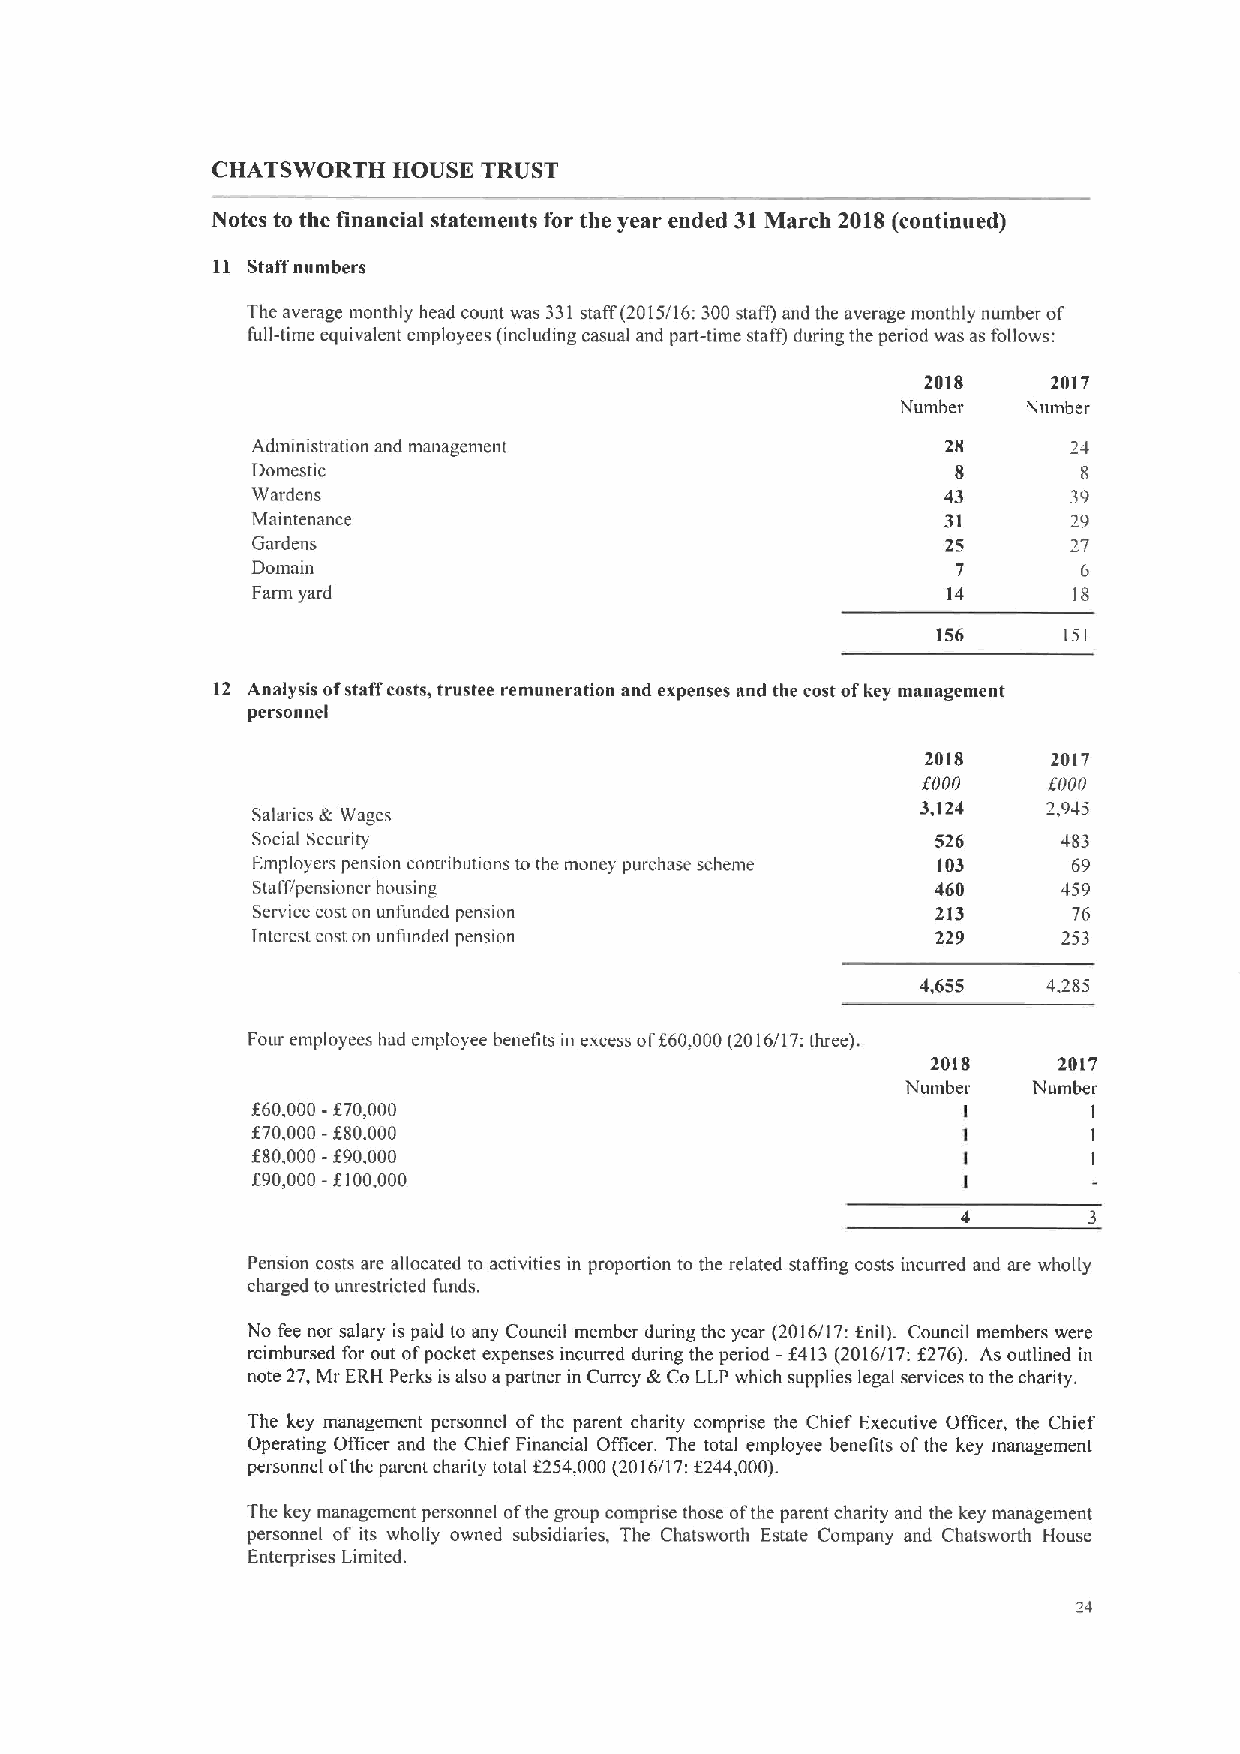
CHATSWORTH  HOUSE TRUST
 Notes to the financial statements for the year ended 31March 21HS (continued)
 11 Staff numbers
 The average monthly head count was 331staff (2015/16:300staff) and the average monthly number of
 full-time equivalent employees (including casual and part-time staff) during the period was as follows:
 2818     2017
 Number  Number
 Administration and management                 28      24
 Domestic                                      8        8
 Wardens                                       43      39
 Maintenance                                   31      29
 Gardens                                       25      27
 Domain                                        7        6
 Farm yard                                     14      18
 156     15I
 12 Analysis ofstaff costs, trustee remuneration and expenses and the cost ofkey management
 personnel
 2018     2017
 f000    f000
 Salaries 8:Wages                            3,124
 Social Security                              526     483
 Employers pension contributions to the money purchase scheme 103 69
 Staff/pensioner housing                      460     459
 Service cost on unfunded pension             213      76
 Interest cnst on unfimded pension            229     753
 4,655
 Fow employees had employee benefits in excess off60,000(2016/17:three).
 2018    2017
 Number  Number
 f60,000-f70,000
 I       I
 f 70,000-f
 80.000                                   I       I
 f80,000-f90,000
 I       I
 f90,000-f100.000
 I
 4       3
 Pension costs are allocated to activities in proportion to the related staffing costs incurred and are wholly
 charged to unrestricted funds.
 No fee nor salary is paid to any Council member during the year (2016/17:fnil). Council members were
 reimbursed for out ofpocket expenses incurred during the period —f413 (2016/17:f276). As outlined in
 note 27,Mr ERH Perks isalso apartner in Currey &Co LLP which supplies legal services to the charity.
 The key management personnel of the parent charity comprise the Chief Executive Officer, the Chief
 Operating Officer and the Chief Financial Officer. The total employee benefits ofthe key management
 personnel ofthe parent charity total f254,000(2016/17:f244,000).
 The key management personnel ofthe group comprise those ofthe parent charity and the key management
 personnel of its wholly owned subsidiaries, The Chatsworth Estate Company and Chatsworth House
 Enterprises Limited.
 'i4